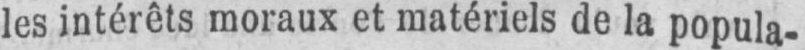
les intérêts moraux et matériels de la popula-